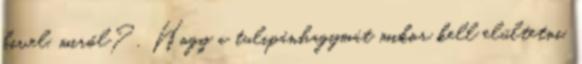
kivel, miről? . Hogy a tulipánhagymát mikor kell elültetni,